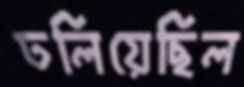
ঢলিয়েছিল